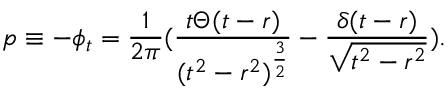
p \equiv - \phi _ { t } = \frac { 1 } { 2 \pi } ( \frac { t \Theta ( t - r ) } { ( t ^ { 2 } - r ^ { 2 } ) ^ { \frac { 3 } { 2 } } } - \frac { \delta ( t - r ) } { \sqrt { t ^ { 2 } - r ^ { 2 } } } ) .